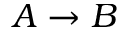
A \rightarrow B